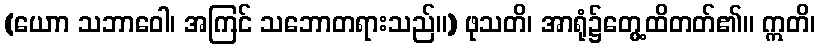
(ယောာ သဘာဝေါ၊ အကြင် သဘောတရားသည်။) ဖုသတိ၊ အာရုံ၌တွေ့ထိတတ်၏။ ဣတိ၊